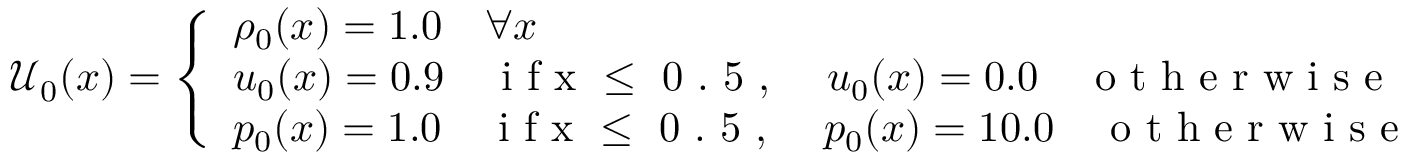
\mathcal { U } _ { 0 } ( x ) = \left\{ \begin{array} { l l } { \rho _ { 0 } ( x ) = 1 . 0 \quad \forall x } \\ { u _ { 0 } ( x ) = 0 . 9 \quad \mathrm { ~ i ~ f ~ x ~ \leq ~ 0 ~ . ~ 5 ~ , ~ } \quad u _ { 0 } ( x ) = 0 . 0 \quad \mathrm { ~ o ~ t ~ h ~ e ~ r ~ w ~ i ~ s ~ e ~ } } \\ { p _ { 0 } ( x ) = 1 . 0 \quad \mathrm { ~ i ~ f ~ x ~ \leq ~ 0 ~ . ~ 5 ~ , ~ } \quad p _ { 0 } ( x ) = 1 0 . 0 \quad \mathrm { ~ o ~ t ~ h ~ e ~ r ~ w ~ i ~ s ~ e ~ } } \end{array} \right.